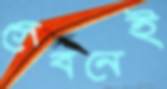
সেবনেই